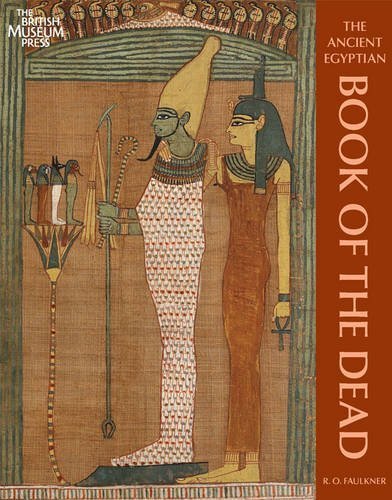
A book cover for The Ancient Egyptian Book of the Dead by Raymond O. Faulkner, Carol Andrews (2010) Paperback; Religion & Spirituality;